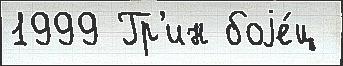
1999 Гр'ин боjе́ц